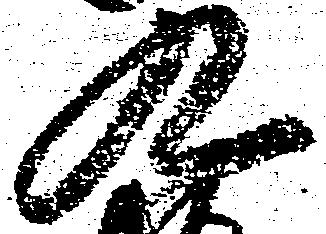
九